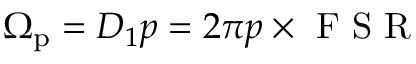
\Omega _ { \mathrm { p } } = D _ { 1 } p = 2 \pi p \times \mathrm { ~ F ~ S ~ R ~ }